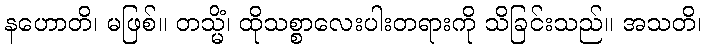
နဟောတိ၊ မဖြစ်။ တသ္မိံ၊ ထိုသစ္စာလေးပါးတရားကို သိခြင်းသည်။ အသတိ၊